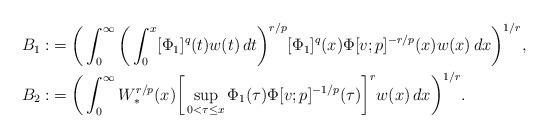
LaTeX: \begin{align*} B_1: & = \bigg(\int_0^{\infty} \bigg(\int_0^x [\Phi_1]^q(t) w(t)\,dt\bigg)^{r / p} [\Phi_1]^q(x) \Phi[v;p]^{- r / p}(x) w(x)\,dx \bigg)^{1 / r}, \\ B_2: & = \bigg(\int_0^{\infty} W_*^{r / p}(x) \bigg[\sup_{0 < \tau \le x} \Phi_1(\tau)\Phi[v;p]^{-1 / p}(\tau)\bigg]^{r} w(x)\,dx \bigg)^{1 / r}. \end{align*}